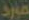
مرد